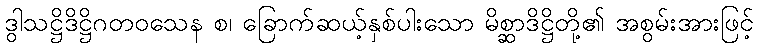
ဒွါသဋ္ဌိဒိဋ္ဌိဂတဝသေန စ၊ ခြောက်ဆယ့်နှစ်ပါးသော မိစ္ဆာဒိဋ္ဌိတို့၏ အစွမ်းအားဖြင့်